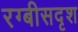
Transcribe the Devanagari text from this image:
रग्बीसदृश